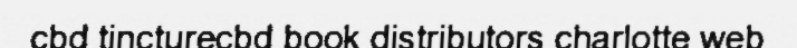
cbd tincturecbd book distributors charlotte web